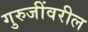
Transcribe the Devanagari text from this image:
गुरुजींवरील